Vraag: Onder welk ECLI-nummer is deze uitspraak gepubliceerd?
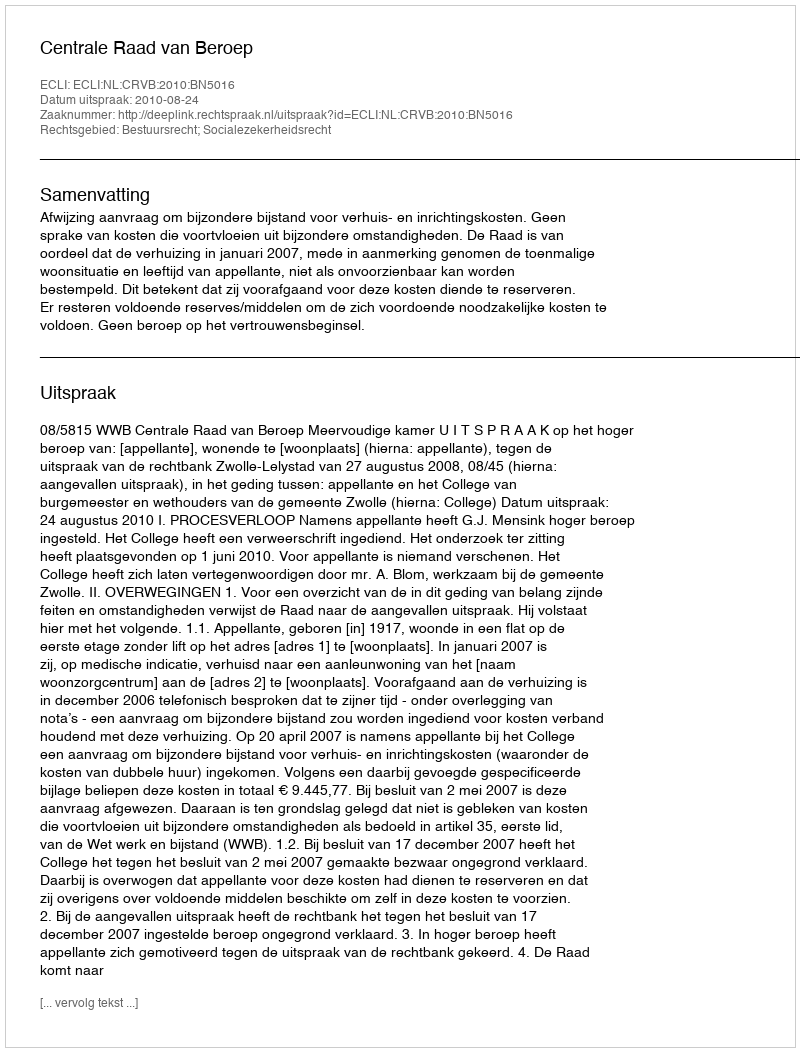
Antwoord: ECLI:NL:CRVB:2010:BN5016